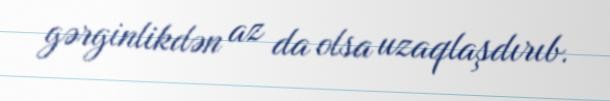
gərginlikdən az da olsa uzaqlaşdırıb.